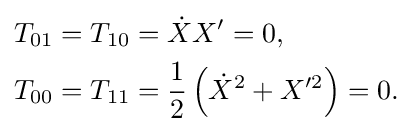
{\begin{aligned}T_{01}&=T_{10}={\dot {X}}X'=0,\\T_{00}&=T_{11}={\frac {1}{2}}\left({\dot {X}}^{2}+X'^{2}\right)=0.\end{aligned}}